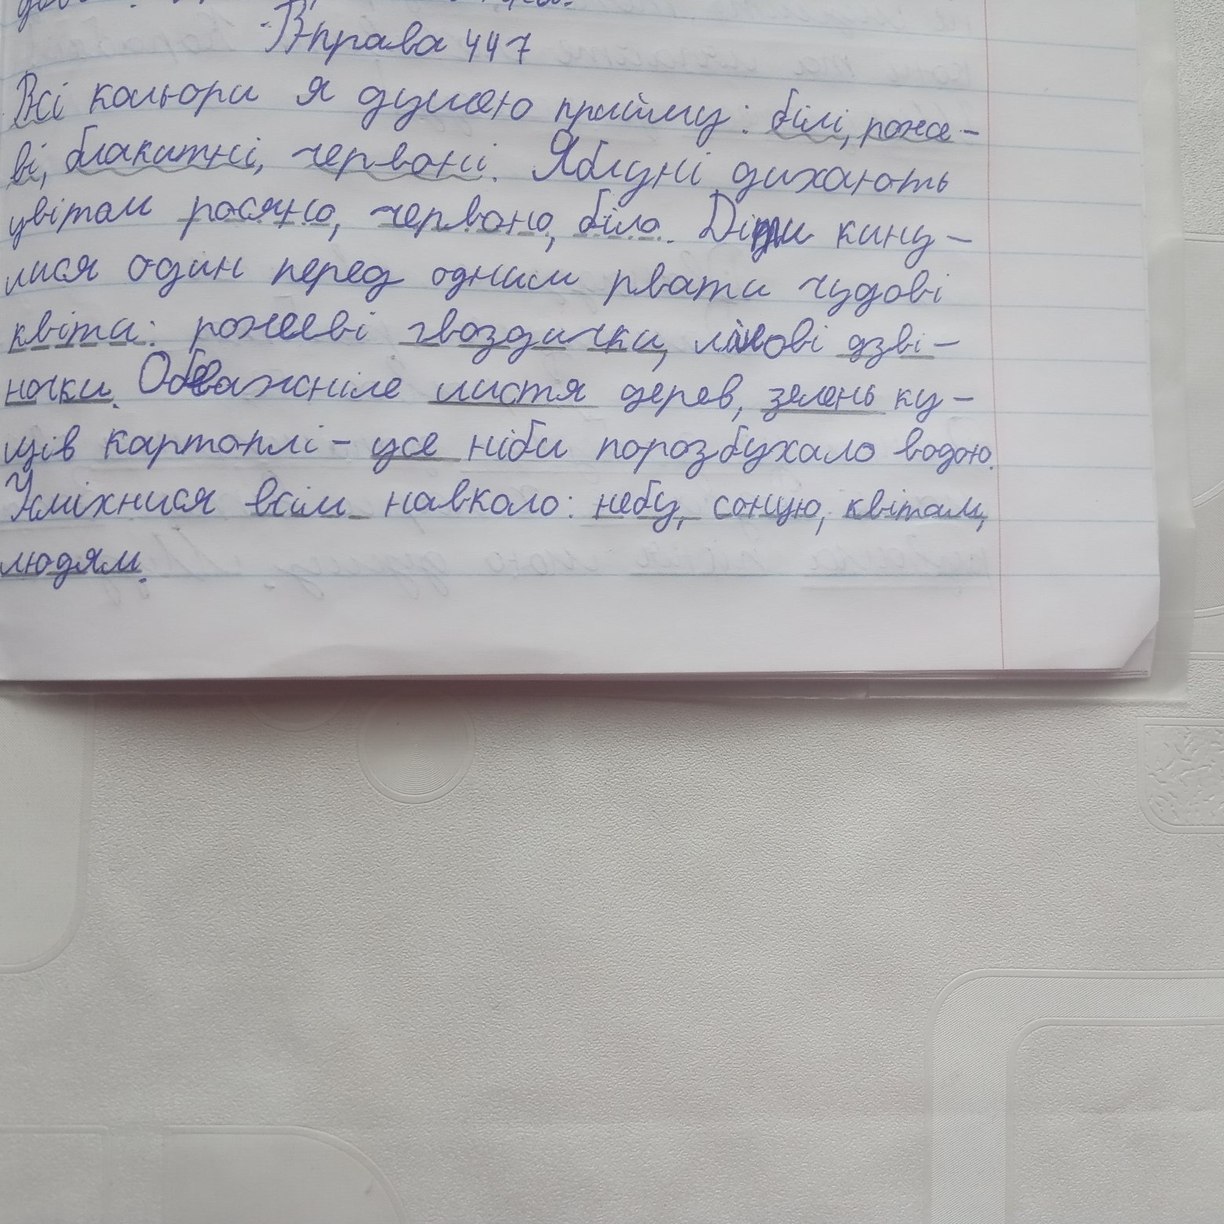
Вправа 447
Всі кольори я душею прийму: білі, роже-
ві, блакитні, червоні. Яблуні дихають
цвітом, росяно, червоно, біло. Діти кину-
лися один перед одним рвати чудові
квіти: рожеві гвоздички, лілові дзві-
ночки. Обважніле листя дерев, зелень ку-
щів картоплі - усе ніби порозбухало водою.
Усміхнися всім навколо: небу, сонцю, квітам,
людям.